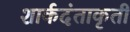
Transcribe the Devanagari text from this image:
शार्कदंताकृती